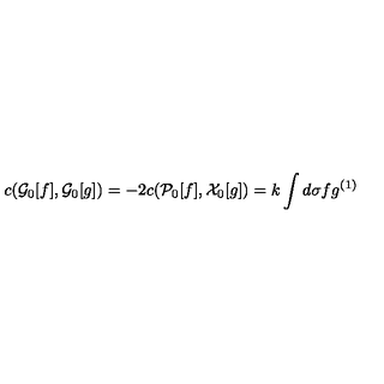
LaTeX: c ( { \cal G } _ { 0 } [ f ] , { \cal G } _ { 0 } [ g ] ) = - 2 c ( { \cal P } _ { 0 } [ f ] , { \cal X } _ { 0 } [ g ] ) = k \int d \sigma f g ^ { ( 1 ) }